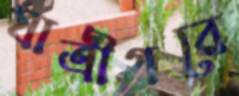
যাত্রীগরে